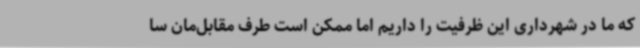
که ما در شهرداری این ظرفیت را داریم اما ممکن است طرف مقابل‌مان سا